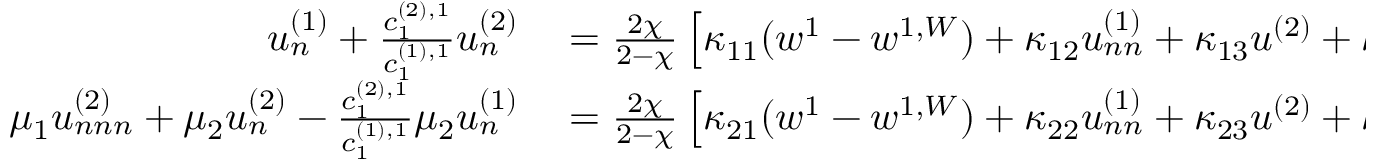
\begin{array} { r l } { u _ { n } ^ { ( 1 ) } + \frac { c _ { 1 } ^ { ( 2 ) , 1 } } { c _ { 1 } ^ { ( 1 ) , 1 } } u _ { n } ^ { ( 2 ) } } & { { } = \frac { 2 \chi } { 2 - \chi } \left[ \kappa _ { 1 1 } ( w ^ { 1 } - w ^ { 1 , W } ) + \kappa _ { 1 2 } u _ { n n } ^ { ( 1 ) } + \kappa _ { 1 3 } u ^ { ( 2 ) } + \kappa _ { 1 4 } u _ { n n } ^ { ( 2 ) } \right] , } \\ { \mu _ { 1 } u _ { n n n } ^ { ( 2 ) } + \mu _ { 2 } u _ { n } ^ { ( 2 ) } - \frac { c _ { 1 } ^ { ( 2 ) , 1 } } { c _ { 1 } ^ { ( 1 ) , 1 } } \mu _ { 2 } u _ { n } ^ { ( 1 ) } } & { { } = \frac { 2 \chi } { 2 - \chi } \left[ \kappa _ { 2 1 } ( w ^ { 1 } - w ^ { 1 , W } ) + \kappa _ { 2 2 } u _ { n n } ^ { ( 1 ) } + \kappa _ { 2 3 } u ^ { ( 2 ) } + \kappa _ { 2 4 } u _ { n n } ^ { ( 2 ) } \right] , } \end{array}